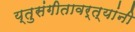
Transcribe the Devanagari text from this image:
य्तुसंगीतावर्त्यांनी